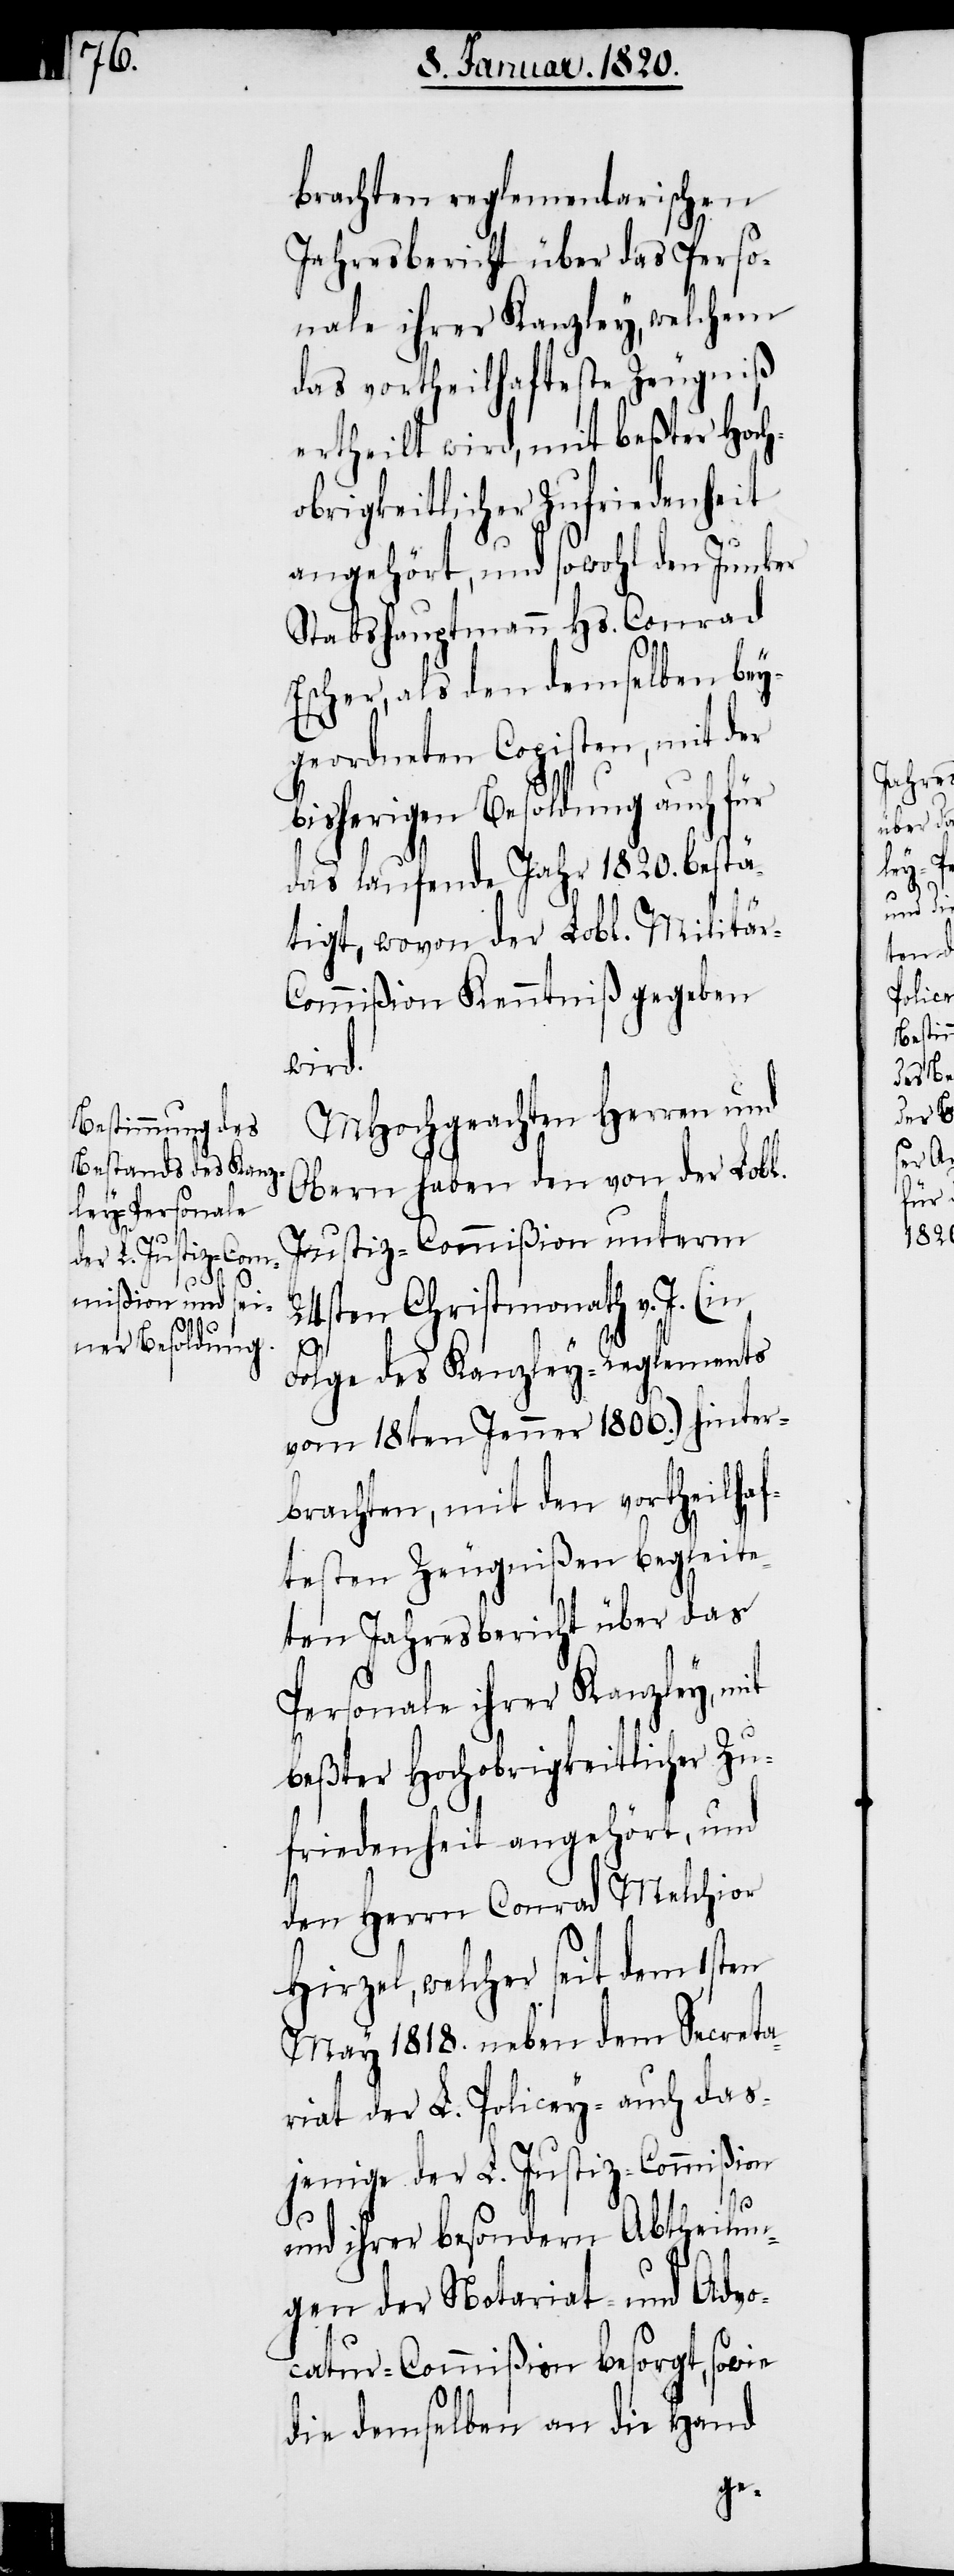
en

brachten reglementarischen
Jahresbericht über das Perso¬
nale ihrer Kanzley, welchem
das vortheilhafteste Zeugniß
ertheilt wird, mit beßter Hoch¬
obrigkeitlicher Zufriedenheit
angehört, und sowohl den Junker
Stabshauptmann Hs. Conrad
Escher, als den demselben bey¬
geordneten Copisten, mit der
bisherigen Besoldung auch für
das laufende Jahr 1820. bestä¬
tigt, wovon der Lobl. Militä¬
r-Commißion Kenntniß gegeben
wird.
MHochgeachten Herren und
Obern haben den von der Lobl.
Justiz-Commißion unterm
24sten Christmonath v. J. (in
Folge des Kanzley-Reglements
vom 18ten Jenner 1806.) hinter¬
brachten, mit den vortheilhaf¬
testen Zeugnißen begleite¬
ten Jahresbericht über das
Personale ihrer Kanzley, mit
beßter Hochobrigkeitlicher Zu¬
friedenheit angehört, und
den Herrn Conrad Melchior
Hirzel, welcher seit dem 1st¬
May 1818. neben dem Secreta¬
riat der L. Policey- auch das¬
jenige der L. Justiz-Commißion
und ihrer besondern Abtheilun¬
gen der Notariat- und Advo¬
catur-Commißion besorgt, sowie
die demselben an die Hand